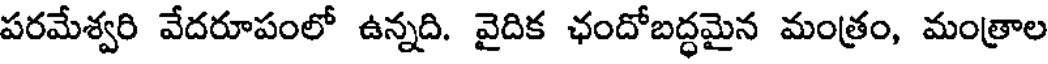
పరమేశ్వరి వేదరూపంలో ఉన్నది. వైదిక ఛందోబద్ధమైన మంత్రం, మంత్రాల